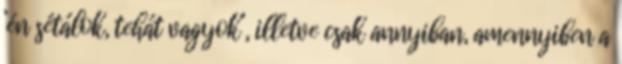
‘én sétálok, tehát vagyok’, illetve csak annyiban, amennyiben a